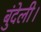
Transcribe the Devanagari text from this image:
बुंदेली।